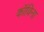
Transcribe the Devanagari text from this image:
कॉविना